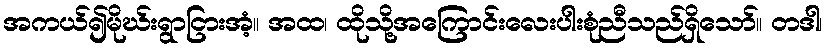
အကယ်၍မိုဃ်းရွာငြားအံ့။ အထ၊ ထိုသို့အကြောင်းလေးပါးစုံညီသည်ရှိသော်။ တဒါ၊